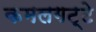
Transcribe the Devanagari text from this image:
कमलगट्टे